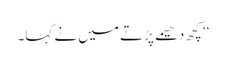
‘‘ کچھ دھیمے پڑتے میں نے کہا۔